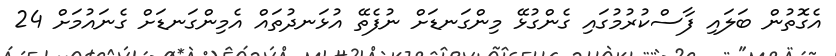
އެގޮތުން ބަލައި ފާސްކުރުމުގައި ގެންގުޅޭ މިންގަނޑަށް ނުފެތޭ އުޅަނދުތައް އެމިންގަނޑަށް ގެނައުމަށް 24